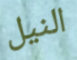
النيل